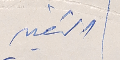
التغيير